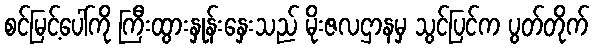
စင်မြင့်ပေါ်ကို ကြီးထွားနှုန်းနှေးသည် မိုးဇလဌာနမှ သွင်ပြင်က ပွတ်တိုက်